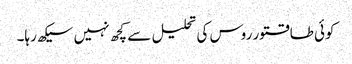
کوئی طاقتور روس کی تحلیل سے کچھ نہیں سیکھ رہا۔